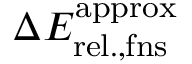
\Delta { E } _ { \mathrm { r e l . , f n s } } ^ { \mathrm { a p p r o x } }